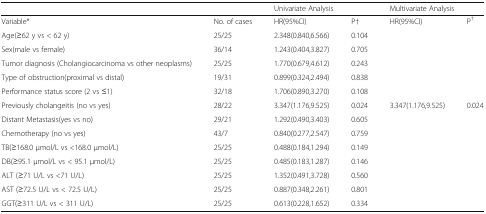
<table><thead><tr><td></td><td></td><td colspan="2"><b>Univariate Analysis</b></td><td colspan="2"><b>Multivariate Analysis</b></td></tr></thead><tbody><tr><td>Variable*</td><td>No. of cases</td><td>HR(95%CI)</td><td>P†</td><td>HR(95%CI)</td><td>P<sup>†</sup></td></tr><tr><td>Age(≥62 y vs &lt; 62 y)</td><td>25/25</td><td>2.348(0.840,6.566)</td><td>0.104</td><td></td><td></td></tr><tr><td>Sex(male vs female)</td><td>36/14</td><td>1.243(0.404,3.827)</td><td>0.705</td><td></td><td></td></tr><tr><td>Tumor diagnosis (Cholangiocarcinoma vs other neoplasms)</td><td>25/25</td><td>1.770(0.679,4.612)</td><td>0.243</td><td></td><td></td></tr><tr><td>Type of obstruction(proximal vs distal)</td><td>19/31</td><td>0.899(0.324,2.494)</td><td>0.838</td><td></td><td></td></tr><tr><td>Performance status score (2 vs ≤1)</td><td>32/18</td><td>1.706(0.890,3.270)</td><td>0.108</td><td></td><td></td></tr><tr><td>Previously cholangeitis (no vs yes)</td><td>28/22</td><td>3.347(1.176,9.525)</td><td>0.024</td><td>3.347(1.176,9.525)</td><td>0.024</td></tr><tr><td>Distant Metastasis(yes vs no)</td><td>29/21</td><td>1.292(0.490,3.403)</td><td>0.605</td><td></td><td></td></tr><tr><td>Chemotherapy (no vs yes)</td><td>43/7</td><td>0.840(0.277,2.547)</td><td>0.759</td><td></td><td></td></tr><tr><td>TB(≥168.0 μmol/L vs &lt;168.0 μmol/L)</td><td>25/25</td><td>0.488(0.184,1.294)</td><td>0.149</td><td></td><td></td></tr><tr><td>DB(≥95.1 μmol/L vs &lt; 95.1 μmol/L)</td><td>25/25</td><td>0.485(0.183,1.287)</td><td>0.146</td><td></td><td></td></tr><tr><td>ALT (≥71 U/L vs &lt;71 U/L)</td><td>25/25</td><td>1.352(0.491,3.728)</td><td>0.560</td><td></td><td></td></tr><tr><td>AST (≥72.5 U/L vs &lt; 72.5 U/L)</td><td>25/25</td><td>0.887(0.348,2.261)</td><td>0.801</td><td></td><td></td></tr><tr><td>GGT(≥311 U/L vs &lt; 311 U/L)</td><td>25/25</td><td>0.613(0.228,1.652)</td><td>0.334</td><td></td><td></td></tr></tbody></table>